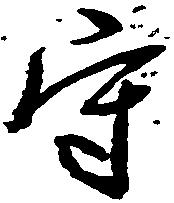
守